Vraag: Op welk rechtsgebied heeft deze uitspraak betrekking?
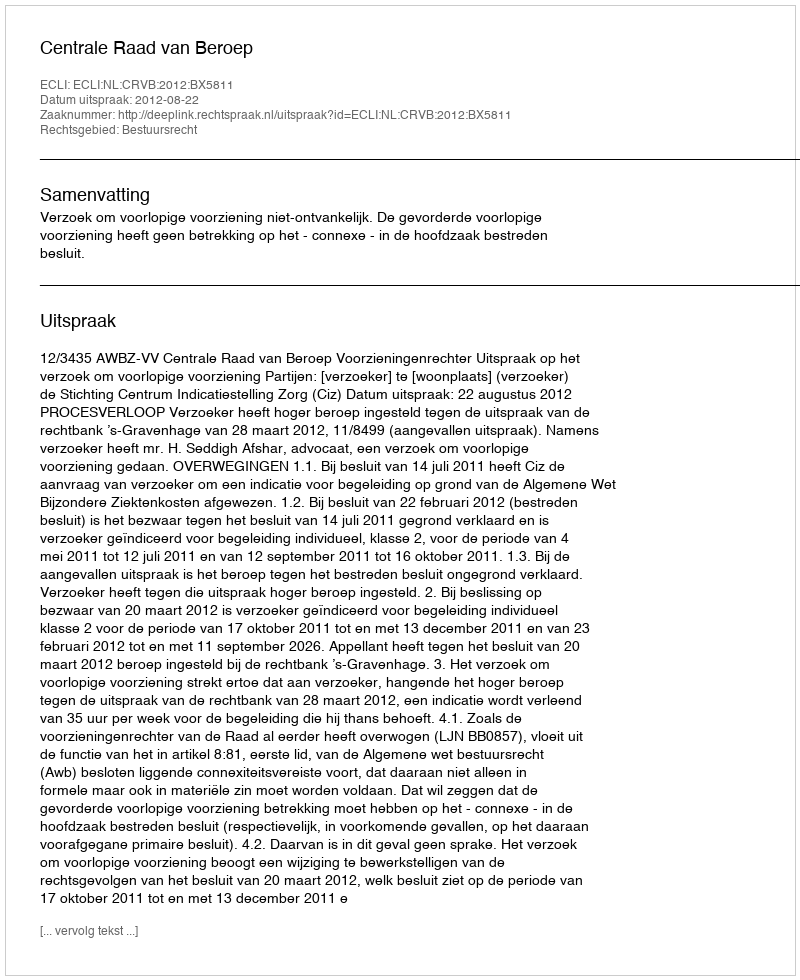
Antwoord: Bestuursrecht